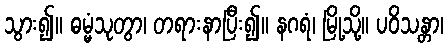
သွား၍။ ဓမ္မံသုတွာ၊ တရားနာပြီး၍။ နဂရံ၊ မြို့သို့။ ပဝိသန္တာ၊